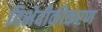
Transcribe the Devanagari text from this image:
विभेदीकीकरण